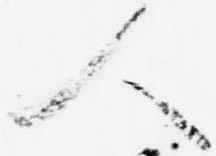
人